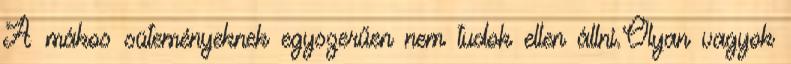
A mákos süteményeknek egyszerűen nem tudok ellen állni.Olyan vagyok